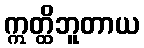
ဣတ္ထိဘူတာယ